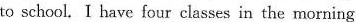
to school. I have four classes in the morning